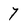
Character: 7